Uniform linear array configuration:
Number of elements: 32
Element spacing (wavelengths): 0.75
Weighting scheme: uniform
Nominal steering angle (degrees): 45
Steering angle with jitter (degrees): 44.003
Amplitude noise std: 0.05
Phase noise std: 0.05

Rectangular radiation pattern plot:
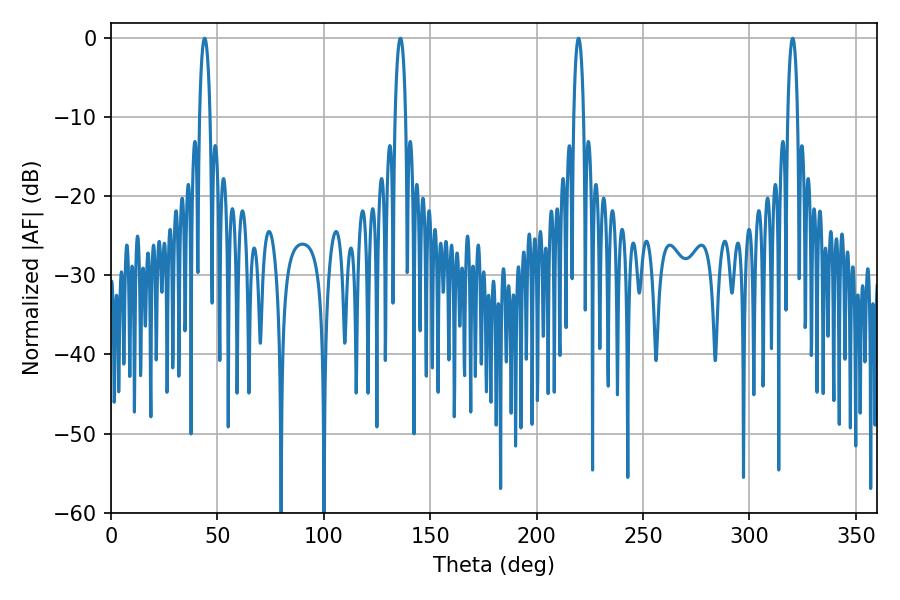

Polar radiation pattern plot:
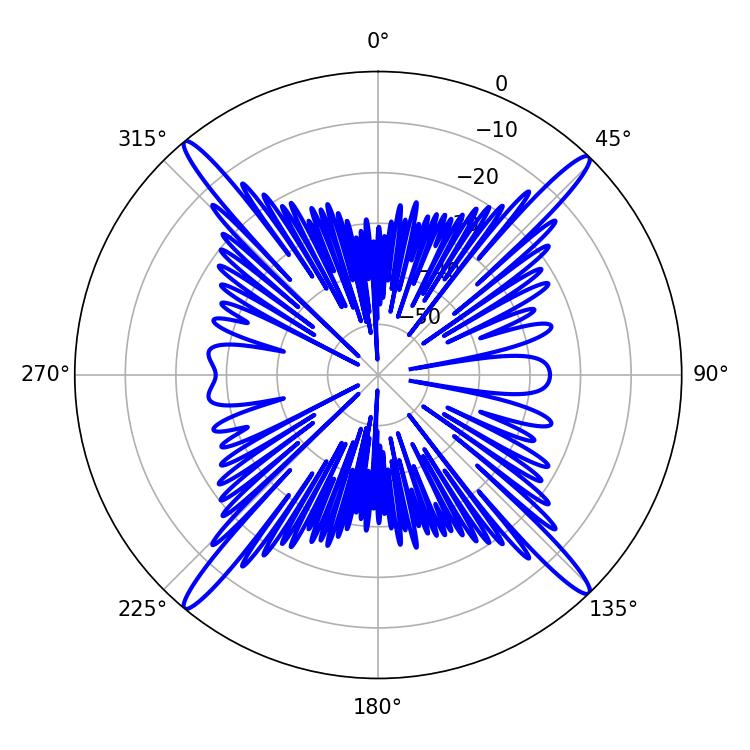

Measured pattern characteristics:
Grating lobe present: TRUE
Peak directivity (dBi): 22.633
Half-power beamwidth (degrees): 2.7
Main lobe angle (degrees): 43.92